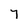
Character: 7